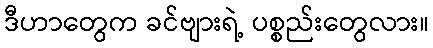
ဒီဟာတွေက ခင်ဗျားရဲ့ ပစ္စည်းတွေလား။